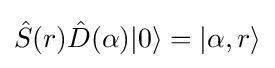
{\hat {S}}(r){\hat {D}}(\alpha )|0\rangle =|\alpha ,r\rangle